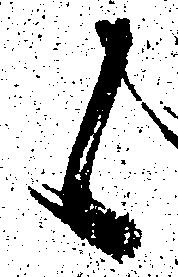
候